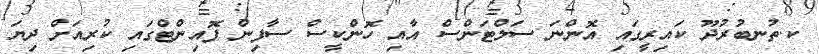
ކ.ތުނބުރުދޫ ކައިރީގައި އޮންނަ ސަލްޓަންސް އާއި ހޮންކީސް ސާފިން ޕޮއިންޓްގައި ކުރިއަށް ދިޔަ